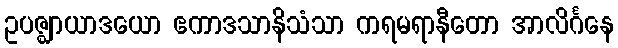
ဥပဇ္ဈာယာဒယော ဧကာဒသာနိသံသာ ကရမရာနီတော အာလိင်္ဂနေ